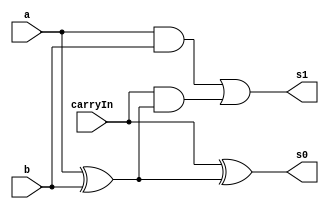
// -------------------------
// Exemplo0021  FULL ADDER
// Nome: TIAGO MATTA MACHADO ZAIDAN
// -------------------------
// -------------------------
// full adder
// -------------------------
module fullAdder (output s0,output s1,
input a,
input b,
input carryIn);

wire temp1,temp2,temp3;

xor xor1 ( temp1,a,b );
and and1 ( temp2,a,b );
xor xor2 ( s0,carryIn,temp1 );
and and2 ( temp3,carryIn,temp1 );
or or1   ( s1, temp2, temp3 );


endmodule // fullAdder
module test_fullAdder;
// ------------------------- definir dados
reg  x;
reg  y;
reg carry;
wire [2:0] soma;

fullAdder fa1 (soma[0],soma[1],x,y,carry);

// ------------------------- parte principal
initial begin
$display("Exemplo0021 - TIAGO MATTA MACHADO ZAIDAN - 451620");
$display("Test ALUs full adder");

x = 0; y = 0; carry = 0;
// projetar testes do modulo
#1 $monitor("%b + %b + %b = %b %b",x,y,carry, soma[1],soma[0]);

#1 x = 0; y = 0; carry = 1;
#1 x = 0; y = 1; carry = 0;
#1 x = 0; y = 1; carry = 1;
#1 x = 1; y = 0; carry = 0;
#1 x = 1; y = 0; carry = 1;
#1 x = 1; y = 1; carry = 0;
#1 x = 1; y = 1; carry = 1;
end
endmodule // test_fullAdder